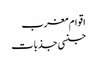
اقوام مغرب
جنسی جذبات